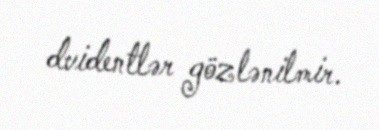
dvidentlər gözlənilmir.